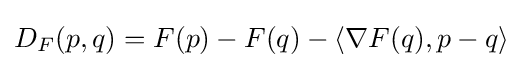
D_{F}(p,q)=F(p)-F(q)-\langle \nabla F(q),p-q\rangle